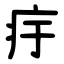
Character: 㽳